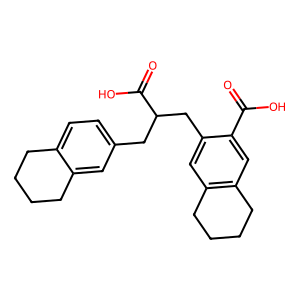
SMILES: O=C(O)c1cc2c(cc1CC(Cc1ccc3c(c1)CCCC3)C(=O)O)CCCC2
Inhibits HIV replication: No